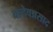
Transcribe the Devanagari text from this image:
बल्देवप्रसाद